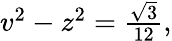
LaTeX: \begin{array}{r}{v^{2}-z^{2}=\frac{\sqrt{3}}{12},}\end{array}